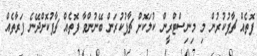
ފޮތެއް ޗާޕުކުރުން މި މިނިސްޓްރީންް ކުލަކޮށް ޗާޕުކުރަން ބޭނުންވާ ފޮތެއް ޗާޕުކޮށްދޭނެ ފަރާތެއް